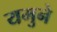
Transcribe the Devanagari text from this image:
यमुने